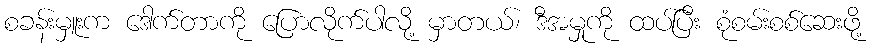
စခန်းမှူးက ဒေါက်တာကို ပြောလိုက်ပါလို့ မှာတယ်၊ ဒီအမှုကို ထပ်ပြီး စုံစမ်းစစ်ဆေးဖို့